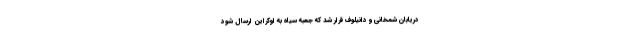
دریابان شمخانی و دانیلوف قرار شد که جعبه سیاه به اوکراین ارسال شود